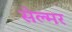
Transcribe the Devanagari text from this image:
सेल्मर